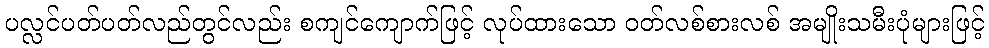
ပလ္လင်ပတ်ပတ်လည်တွင်လည်း စကျင်ကျောက်ဖြင့် လုပ်ထားသော ဝတ်လစ်စားလစ် အမျိုးသမီးပုံများဖြင့်